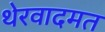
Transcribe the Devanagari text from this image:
थेरवादमत